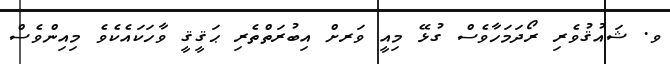
ވ. ޝައުޤުވެރި ރޯދަމަހާވެސް ގުޅޭ މިއީ ވަރށް އިބުރަތްތެރި ޙަޤީޤީ ވާހަކައެކެވެ މިއިންވެސް